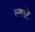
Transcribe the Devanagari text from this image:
लपटे